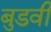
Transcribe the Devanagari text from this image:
बुडवी